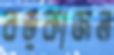
বড়কাজল